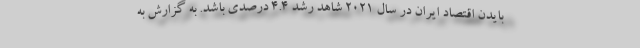
بایدن اقتصاد ایران در سال 2021 شاهد رشد 4.4 درصدی باشد. به گزارش به